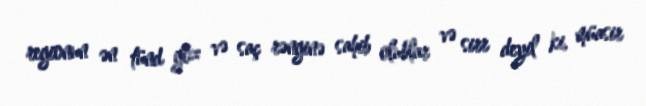
regionun ən tünd göz və saç rənginə sahib olublar və sirr deyil ki, müasir